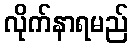
လိုက်နာရမည်